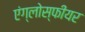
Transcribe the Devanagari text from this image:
एंग्लोस्फीयर